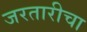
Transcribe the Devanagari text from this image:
जरतारीचा